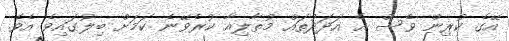
އޭގެ ކުރިން ވެސް އެ އަދަދުތައް މުތާލިއާ ކުރެވޭނެ ކަމަށް ބިލުގައިވެ އެވެ.